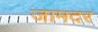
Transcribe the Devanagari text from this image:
जामदर